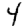
Digit: 4